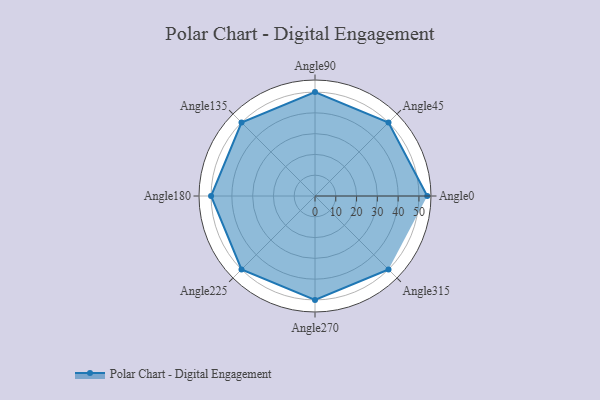
{"axis": {"x": "Angle", "y": "Radius"}, "legend": [""], "data": [{"x": "Angle0", "y": 54.0, "type": ""}, {"x": "Angle45", "y": 50.0, "type": ""}, {"x": "Angle90", "y": 50, "type": ""}, {"x": "Angle135", "y": 50.0, "type": ""}, {"x": "Angle180", "y": 50, "type": ""}, {"x": "Angle225", "y": 50, "type": ""}, {"x": "Angle270", "y": 50, "type": ""}, {"x": "Angle315", "y": 50, "type": ""}]}